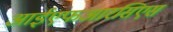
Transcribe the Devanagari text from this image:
आईएफआरसिएस